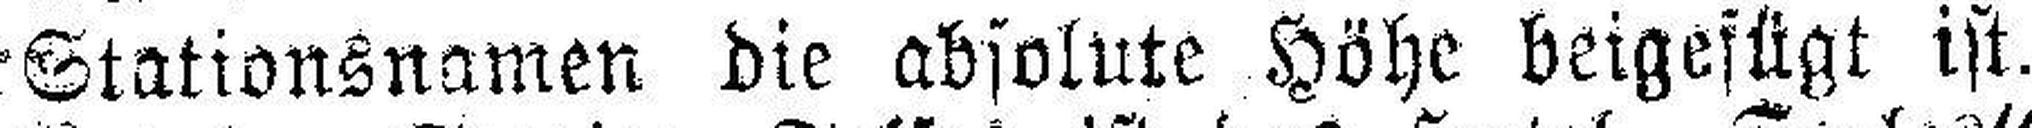
Stationsnamen die absolute Höhe beigefügt ist.